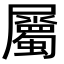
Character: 屬